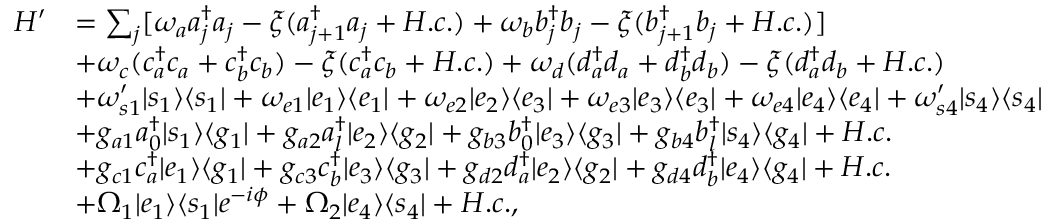
\begin{array} { r l } { H ^ { \prime } } & { = \sum _ { j } [ \omega _ { a } a _ { j } ^ { \dag } a _ { j } - \xi ( a _ { j + 1 } ^ { \dag } a _ { j } + H . c . ) + \omega _ { b } b _ { j } ^ { \dag } b _ { j } - \xi ( b _ { j + 1 } ^ { \dag } b _ { j } + H . c . ) ] } \\ & { + \omega _ { c } ( c _ { a } ^ { \dag } c _ { a } + c _ { b } ^ { \dag } c _ { b } ) - \xi ( c _ { a } ^ { \dag } c _ { b } + H . c . ) + \omega _ { d } ( d _ { a } ^ { \dag } d _ { a } + d _ { b } ^ { \dag } d _ { b } ) - \xi ( d _ { a } ^ { \dag } d _ { b } + H . c . ) } \\ & { + \omega _ { s 1 } ^ { \prime } | s _ { 1 } \rangle \langle s _ { 1 } | + \omega _ { e 1 } | e _ { 1 } \rangle \langle e _ { 1 } | + \omega _ { e 2 } | e _ { 2 } \rangle \langle e _ { 3 } | + \omega _ { e 3 } | e _ { 3 } \rangle \langle e _ { 3 } | + \omega _ { e 4 } | e _ { 4 } \rangle \langle e _ { 4 } | + \omega _ { s 4 } ^ { \prime } | s _ { 4 } \rangle \langle s _ { 4 } | } \\ & { + g _ { a 1 } a _ { 0 } ^ { \dag } | s _ { 1 } \rangle \langle g _ { 1 } | + g _ { a 2 } a _ { l } ^ { \dag } | e _ { 2 } \rangle \langle g _ { 2 } | + g _ { b 3 } b _ { 0 } ^ { \dag } | e _ { 3 } \rangle \langle g _ { 3 } | + g _ { b 4 } b _ { l } ^ { \dag } | s _ { 4 } \rangle \langle g _ { 4 } | + H . c . } \\ & { + g _ { c 1 } c _ { a } ^ { \dag } | e _ { 1 } \rangle \langle g _ { 1 } | + g _ { c 3 } c _ { b } ^ { \dag } | e _ { 3 } \rangle \langle g _ { 3 } | + g _ { d 2 } d _ { a } ^ { \dag } | e _ { 2 } \rangle \langle g _ { 2 } | + g _ { d 4 } d _ { b } ^ { \dag } | e _ { 4 } \rangle \langle g _ { 4 } | + H . c . } \\ & { + \Omega _ { 1 } | e _ { 1 } \rangle \langle s _ { 1 } | e ^ { - i \phi } + \Omega _ { 2 } | e _ { 4 } \rangle \langle s _ { 4 } | + H . c . , } \end{array}